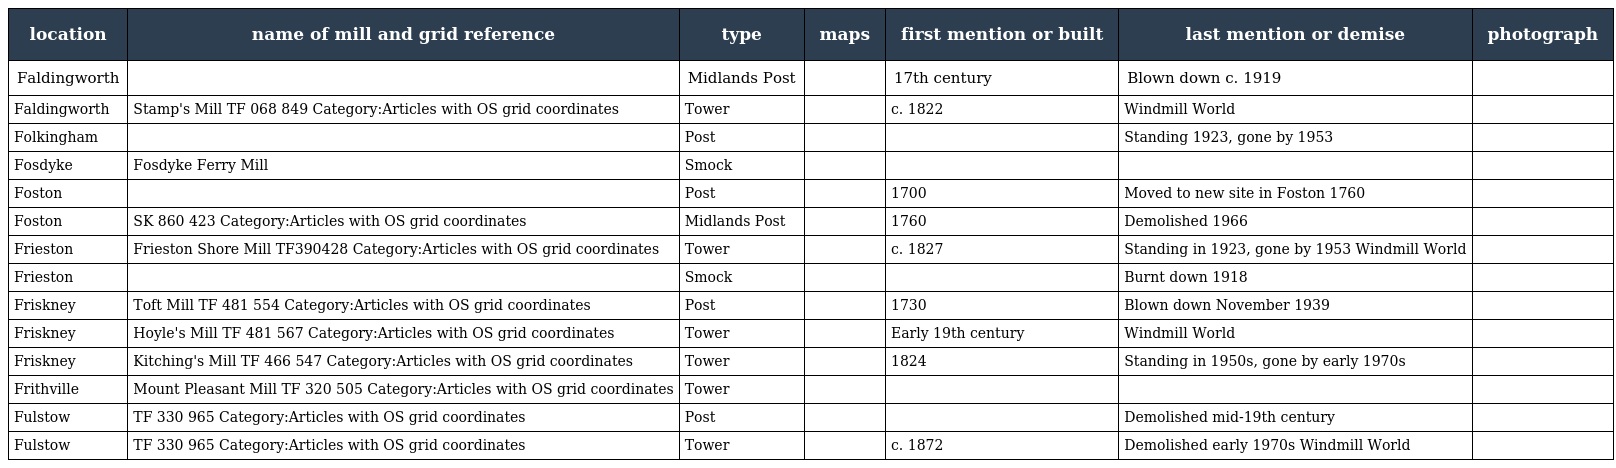
| location | name of mill and grid reference | type | maps | first mention or built | last mention or demise | photograph |
 | --- | --- | --- | --- | --- | --- | --- |
 | Faldingworth |  | Midlands Post |  | 17th century | Blown down c. 1919 |  |
 | Faldingworth | Stamp's Mill TF 068 849 Category:Articles with OS grid coordinates | Tower |  | c. 1822 | Windmill World |  |
 | Folkingham |  | Post |  |  | Standing 1923, gone by 1953 |  |
 | Fosdyke | Fosdyke Ferry Mill | Smock |  |  |  |  |
 | Foston |  | Post |  | 1700 | Moved to new site in Foston 1760 |  |
 | Foston | SK 860 423 Category:Articles with OS grid coordinates | Midlands Post |  | 1760 | Demolished 1966 |  |
 | Frieston | Frieston Shore Mill TF390428 Category:Articles with OS grid coordinates | Tower |  | c. 1827 | Standing in 1923, gone by 1953 Windmill World |  |
 | Frieston |  | Smock |  |  | Burnt down 1918 |  |
 | Friskney | Toft Mill TF 481 554 Category:Articles with OS grid coordinates | Post |  | 1730 | Blown down November 1939 |  |
 | Friskney | Hoyle's Mill TF 481 567 Category:Articles with OS grid coordinates | Tower |  | Early 19th century | Windmill World |  |
 | Friskney | Kitching's Mill TF 466 547 Category:Articles with OS grid coordinates | Tower |  | 1824 | Standing in 1950s, gone by early 1970s |  |
 | Frithville | Mount Pleasant Mill TF 320 505 Category:Articles with OS grid coordinates | Tower |  |  |  |  |
 | Fulstow | TF 330 965 Category:Articles with OS grid coordinates | Post |  |  | Demolished mid-19th century |  |
 | Fulstow | TF 330 965 Category:Articles with OS grid coordinates | Tower |  | c. 1872 | Demolished early 1970s Windmill World |  |